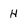
Character: H